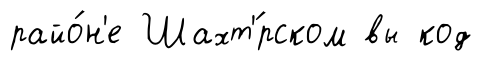
райо́н'е Шахт'́рском вы код